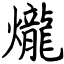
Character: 爖